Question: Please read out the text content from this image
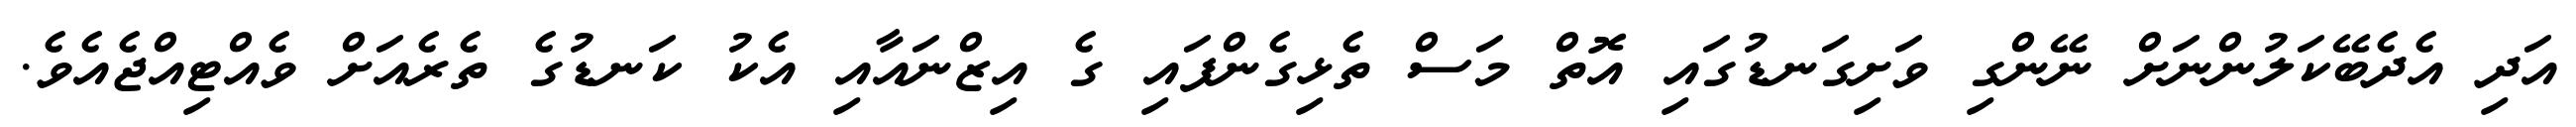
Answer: އަދި އެދެބޭކަލުންނަށް ނޭންގި ވަށިގަނޑުގައި އޮތް މަސް ތެޅިގެންފައި ގެ އިޒްނައާއި އެކު ކަނޑުގެ ތެރެއަށް ވެއްޓިއްޖެއެވެ.